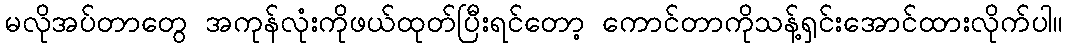
မလိုအပ်တာတွေ အကုန်လုံးကိုဖယ်ထုတ်ပြီးရင်တော့ ကောင်တာကိုသန့်ရှင်းအောင်ထားလိုက်ပါ။